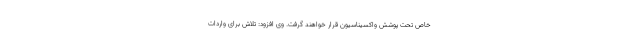
خاص تحت پوشش واکسیناسیون قرار خواهند گرفت. وی افزود: تلاش برای واردات